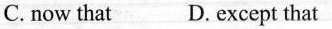
C. now that D. except that